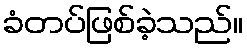
ခံတပ်ဖြစ်ခဲ့သည်။